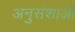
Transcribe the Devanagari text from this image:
अनुसंशाओं